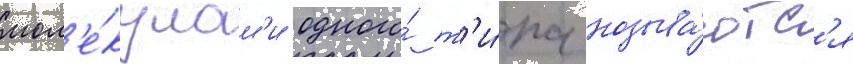
мол'е́кулам'и одного́ т'и́па называ́ютс'я